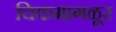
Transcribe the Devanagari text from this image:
चिकमागळूर